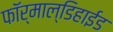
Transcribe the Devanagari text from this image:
फॉर्माल्डिहाईड